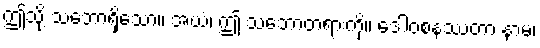
ဤသို့ သဘောရှိသော။ အယံ၊ ဤ သဘောတရားကို။ ဒေါဝစနဿတာ နာမ၊